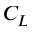
C _ { L }